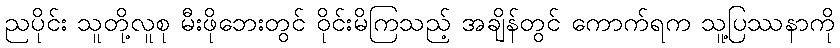
ညပိုင်း သူတို့လူစု မီးဖိုဘေးတွင် ဝိုင်းမိကြသည့် အချိန်တွင် ကောက်ရက သူ့ပြဿနာကို